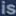
is